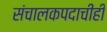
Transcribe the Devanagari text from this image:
संचालकपदाचीही